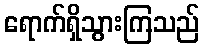
ရောက်ရှိသွားကြသည်